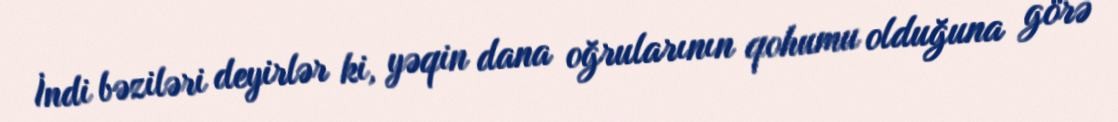
İndi bəziləri deyirlər ki, yəqin dana oğrularının qohumu olduğuna görə